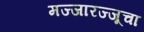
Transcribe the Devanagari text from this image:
मज्जारज्जूचा